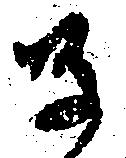
る